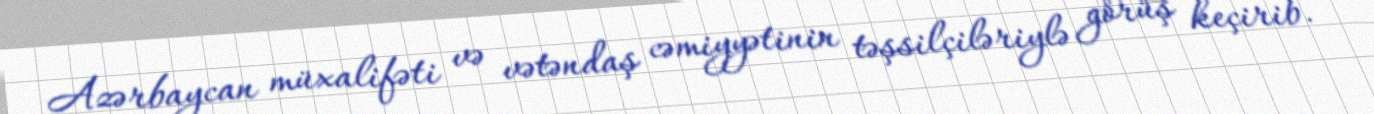
Azərbaycan müxalifəti və vətəndaş cəmiyyətinin təşsilçiləriylə görüş keçirib.